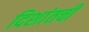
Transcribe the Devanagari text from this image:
दिशांतची